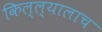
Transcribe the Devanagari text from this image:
किल्ल्यालाच